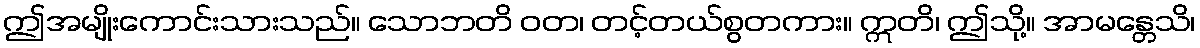
ဤအမျိုးကောင်းသားသည်။ သောဘတိ ဝတ၊ တင့်တယ်စွတကား။ ဣတိ၊ ဤသို့။ အာမန္တေသိ၊